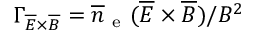
\Gamma _ { \overline { { E } } \times \overline { { B } } } = \overline { { n } } _ { \mathrm { ~ e ~ } } ( \overline { { E } } \times \overline { { B } } ) / B ^ { 2 }